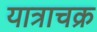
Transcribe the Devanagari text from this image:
यात्राचक्र